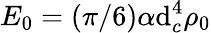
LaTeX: E_{0}=(\pi/6)\alpha\mathrm{d}_{c}^{4}\rho_{0}